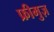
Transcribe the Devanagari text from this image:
फ्रीमुज़